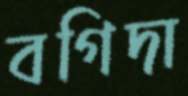
বগিদা